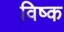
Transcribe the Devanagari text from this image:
विष्क